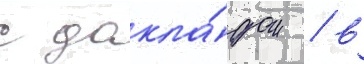
с докла́дом / в